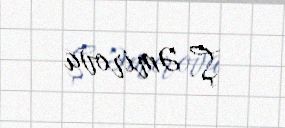
Ş. Əmirova